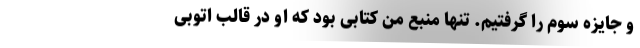
و جایزه سوم را گرفتیم. تنها منبع من کتابی بود که او در قالب اتوبی